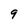
Character: 9